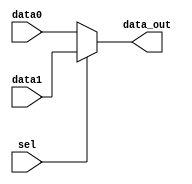
`timescale 1ns / 1ps

//////////////////////////////////////////////////////////////////////////////////


module MUX16BITS(data_out,
                 data0,
                 data1,
                 sel);
parameter n=16, // multiplicand width size 
          m=16; // mulitplier width size 
output[n-1:0] data_out;
input[n-1:0] data0,
             data1;
input sel;             
assign data_out=sel?data1:data0;                          
endmodule